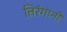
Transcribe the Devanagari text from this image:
तिरंगानी